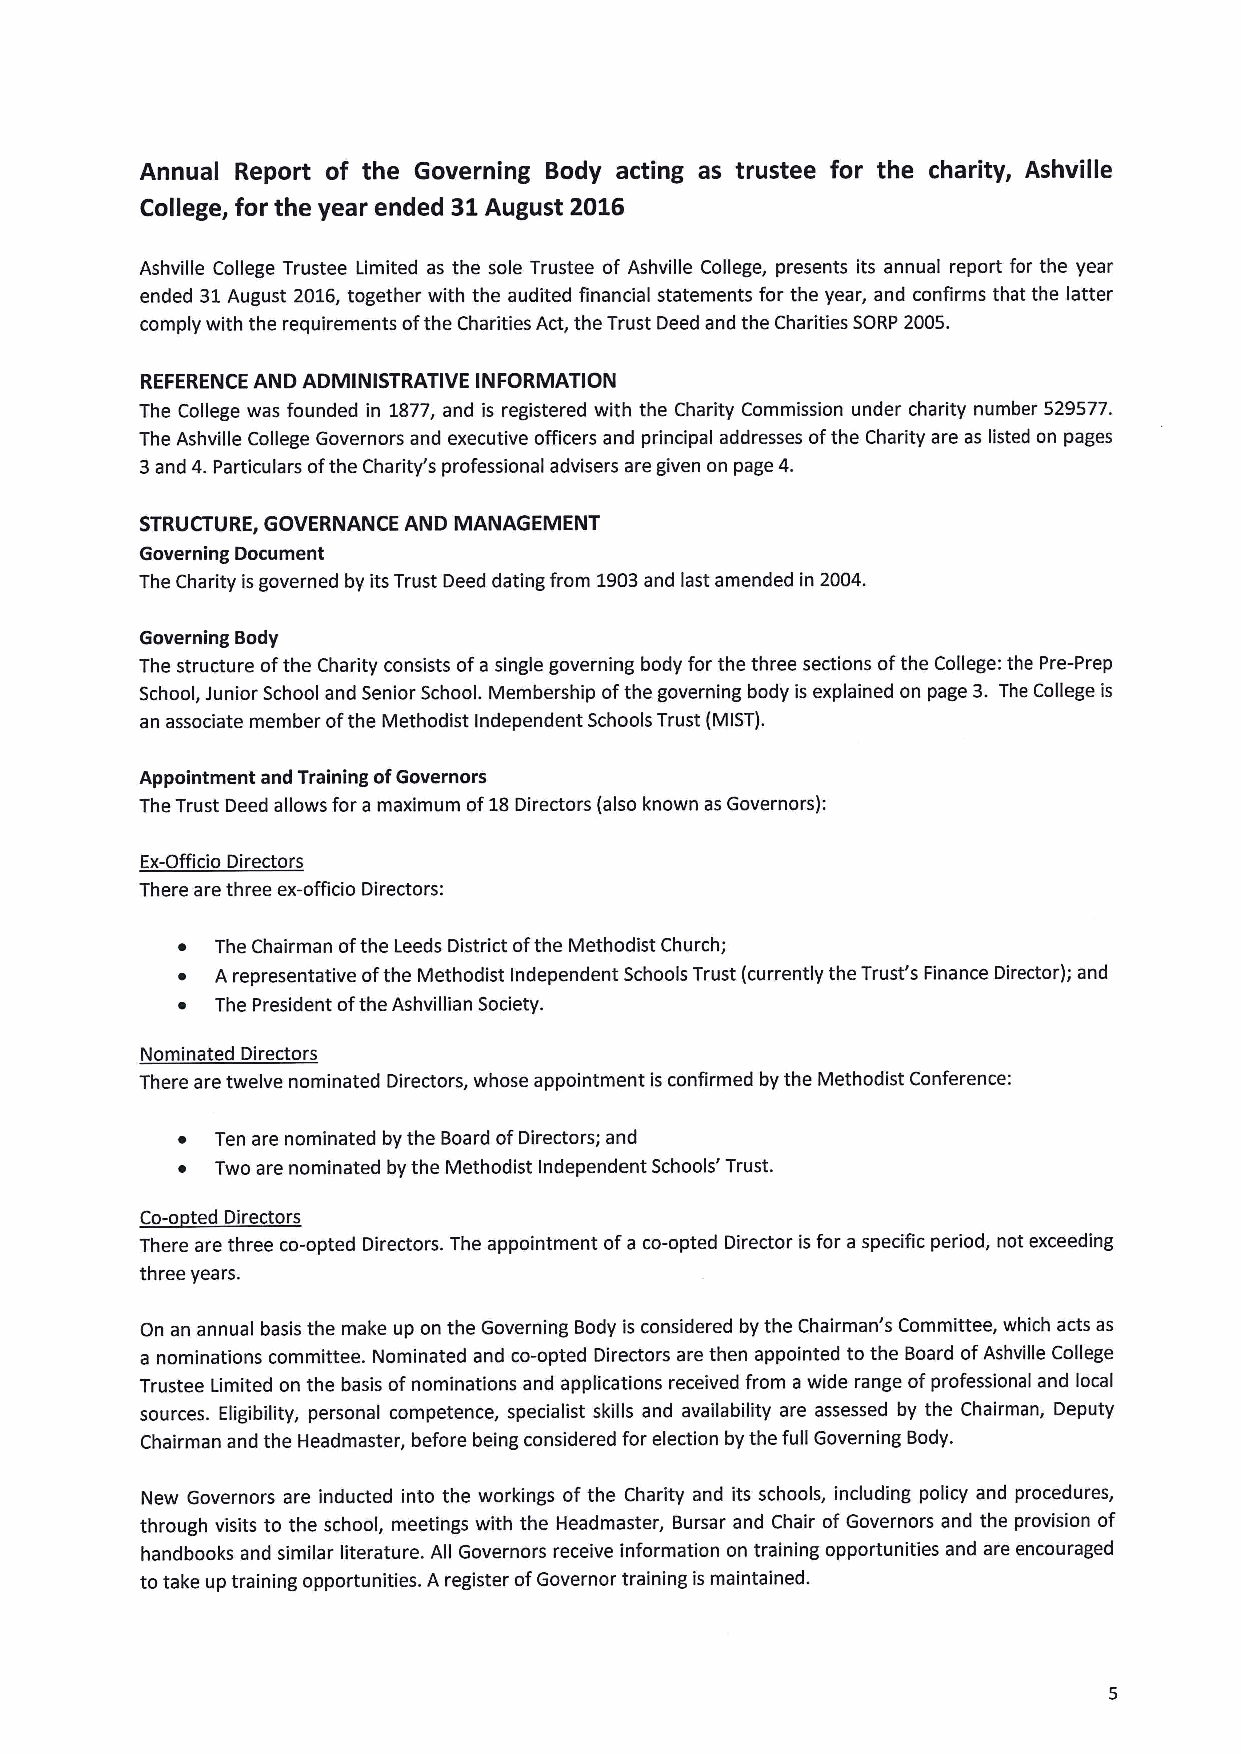
Annual Report of the Governing Body acting as trustee for the charity, Ashville
 College, for the year ended 31 August 2016
 Ashville College Trustee Limited as the sole Trustee of Ashville College, presents its annual report for the year
 ended 31August 2016,together with the audited financial statements for the year, and confirms that the latter
 comply with the requirements ofthe Charities Act, the Trust Deed and the Charities SORP 2005.
 REFERENCE AND ADMINISTRATIVE INFORMATION
 The College was founded in 1877,and is registered with the Charity Commission under charity number 529577.
 The Ashville College Governors and executive officers and principal addresses ofthe Charity are as listed on pages
 3and 4.Particulars ofthe Charity's professional advisers are given on page 4.
 STRUCTURE, GOVERNANCE AND MANAGEMENT
 Governing Document
 The Charity isgoverned by its Trust Deed dating from 1903and last amended in 2004.
 Governing Body
 The structure ofthe Charity consists ofa single governing body for the three sections ofthe College: the Pre-Prep
 School, Junior School and Senior School. Membership ofthe governing body is explained on page 3. The College is
 an associate member ofthe Methodist Independent Schools Trust (MIST).
 Appointment and Training ofGovernors
 The Trust Deed allows for a maximum of18Directors (also known as Governors):
 Ex-Officio Directors
 There are three ex-officio Directors:
 ~ The Chairman ofthe Leeds District ofthe Methodist Church;
 ~ A representative ofthe Methodist Independent Schools Trust (currently the Trust's Finance Director); and
 ~ The President ofthe Ashvillian Society.
 Nominated Directors
 There are twelve nominated Directors, whose appointment is confirmed by the Methodist Conference:
 ~ Ten are nominated by the Board ofDirectors; and
 ~ Two are nominated by the Methodist Independent Schools' Trust.
 Co-o ted Directors
 There are three co-opted Directors. The appointment ofa co-opted Director is for a specific period, not exceeding
 three years.
 On an annual basis the make up on the Governing Body is considered by the Chairman's Committee, which acts as
 a nominations committee. Nominated and co-opted Directors are then appointed to the Board ofAshville College
 Trustee Limited on the basis ofnominations and applications received from a wide range ofprofessional and local
 sources. Eligibility, personal competence, specialist skills and availability are assessed by the Chairman, Deputy
 Chairman and the Headmaster, before being considered for election by the full Governing Body.
 New Governors are inducted into the workings of the Charity and its schools, including policy and procedures,
 through visits to the school, meetings with the Headmaster, Bursar and Chair of Governors and the provision of
 handbooks and similar literature. All Governors receive information on training opportunities and are encouraged
 to take up training opportunities. Aregister ofGovernor training is maintained.